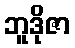
ဘူဒိုဇာ